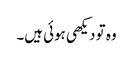
وہ تو دیکھی ہوئی ہیں۔